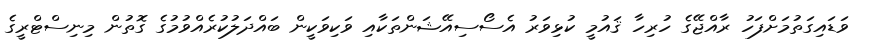
ވަޑައިގަތުމަށްފަހު ރާއްޖޭގެ ހުރިހާ ޤައުމީ ކުޅިވަރު އެސޯސިއޭޝަންތަކާއި ވަކިވަކީން ބައްދަލުކުރެއްވުމުގެ ގޮތުން މިނިސްޓްރީގެ